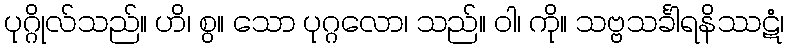
ပုဂ္ဂိုလ်သည်။ ဟိ၊ စွ။ သော ပုဂ္ဂလော၊ သည်။ ဝါ၊ ကို။ သဗ္ဗသင်္ခါရနိဿဋံ၊